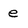
Character: e